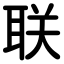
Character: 联